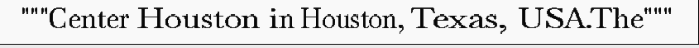
"""Center Houston in Houston, Texas, USA.The"""